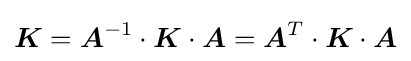
{\boldsymbol {K}}={\boldsymbol {A}}^{-1}\cdot {\boldsymbol {K}}\cdot {\boldsymbol {A}}={\boldsymbol {A}}^{T}\cdot {\boldsymbol {K}}\cdot {\boldsymbol {A}}